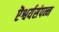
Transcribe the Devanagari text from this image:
ऎश्वर्यसंपन्न